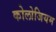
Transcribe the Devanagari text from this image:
कोलोजियम